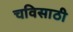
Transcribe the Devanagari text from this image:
चविसाठी